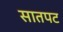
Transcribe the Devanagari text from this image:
सातपट